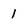
Character: 1